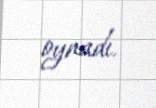
oynadı.